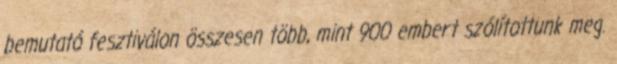
bemutató fesztiválon összesen több, mint 900 embert szólítottunk meg.